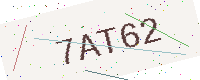
Text: 7AT62